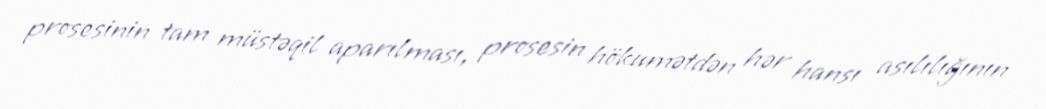
prosesinin tam müstəqil aparılması, prosesin hökumətdən hər hansı asılılığının